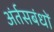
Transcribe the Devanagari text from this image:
अंर्तसबंधों